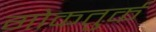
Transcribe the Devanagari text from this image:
गोकतुर्क